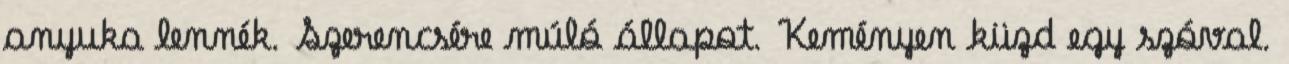
anyuka lennék. Szerencsére múló állapot. Keményen küzd egy szóval.